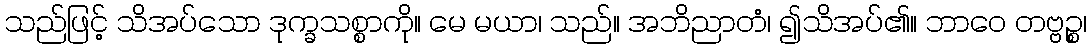
သည်ဖြင့် သိအပ်သော ဒုက္ခသစ္စာကို။ မေ မယာ၊ သည်။ အဘိညာတံ၊ ၍သိအပ်၏။ ဘာဝေ တဗ္ဗဉ္စ၊